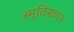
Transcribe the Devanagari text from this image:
स्मृतिसागर